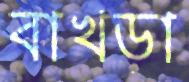
বাখড়া